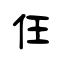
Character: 仼